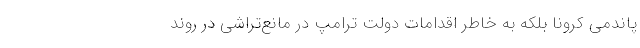
پاندمی کرونا بلکه به خاطر اقدامات دولت ترامپ در مانع‌تراشی در روند